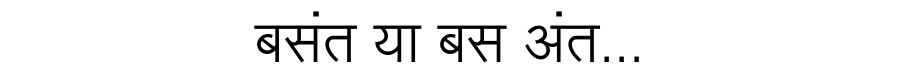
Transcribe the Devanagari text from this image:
बसंत या बस अंत...